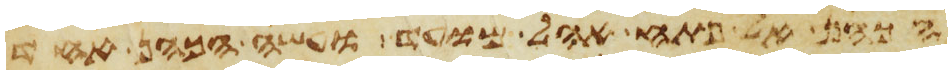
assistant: הכהן אל פתח אהל מועד ועשה הכהן אחד